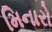
મિનારો